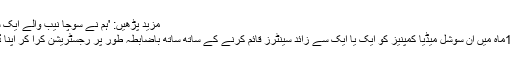
مزید پڑھیں: 'ہم نے سوچا نیب والے ایک سال کے بچے پر کیس نہیں بنائیں گے'
فردوس عاشق اعوان نے کہا کہ آئندہ 12ماہ میں ان سوشل میڈیا کمپنیز کو ایک یا ایک سے زائد سینٹرز قائم کرنے کے ساتھ ساتھ باضابطہ طور پر رجسٹریشن کرا کر اپنا ڈیٹا بینک پاکستان سے شیئر کرنا ہو گا۔